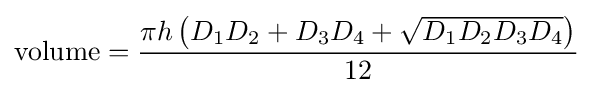
{\text{volume}}={\frac {\pi h\left(D_{1}D_{2}+D_{3}D_{4}+{\sqrt {D_{1}D_{2}D_{3}D_{4}}}\right)}{12}}